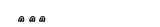
١٥٠